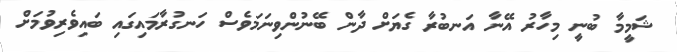
ޝަމީމާ ބުނީ މިހާރު އޭނާ އަނބުރާ ގެޔަށް ދާން ބޭނުންވިނަމަވެސް ހަނގުރާމައިގައި ބައިވެރިވުމަށް